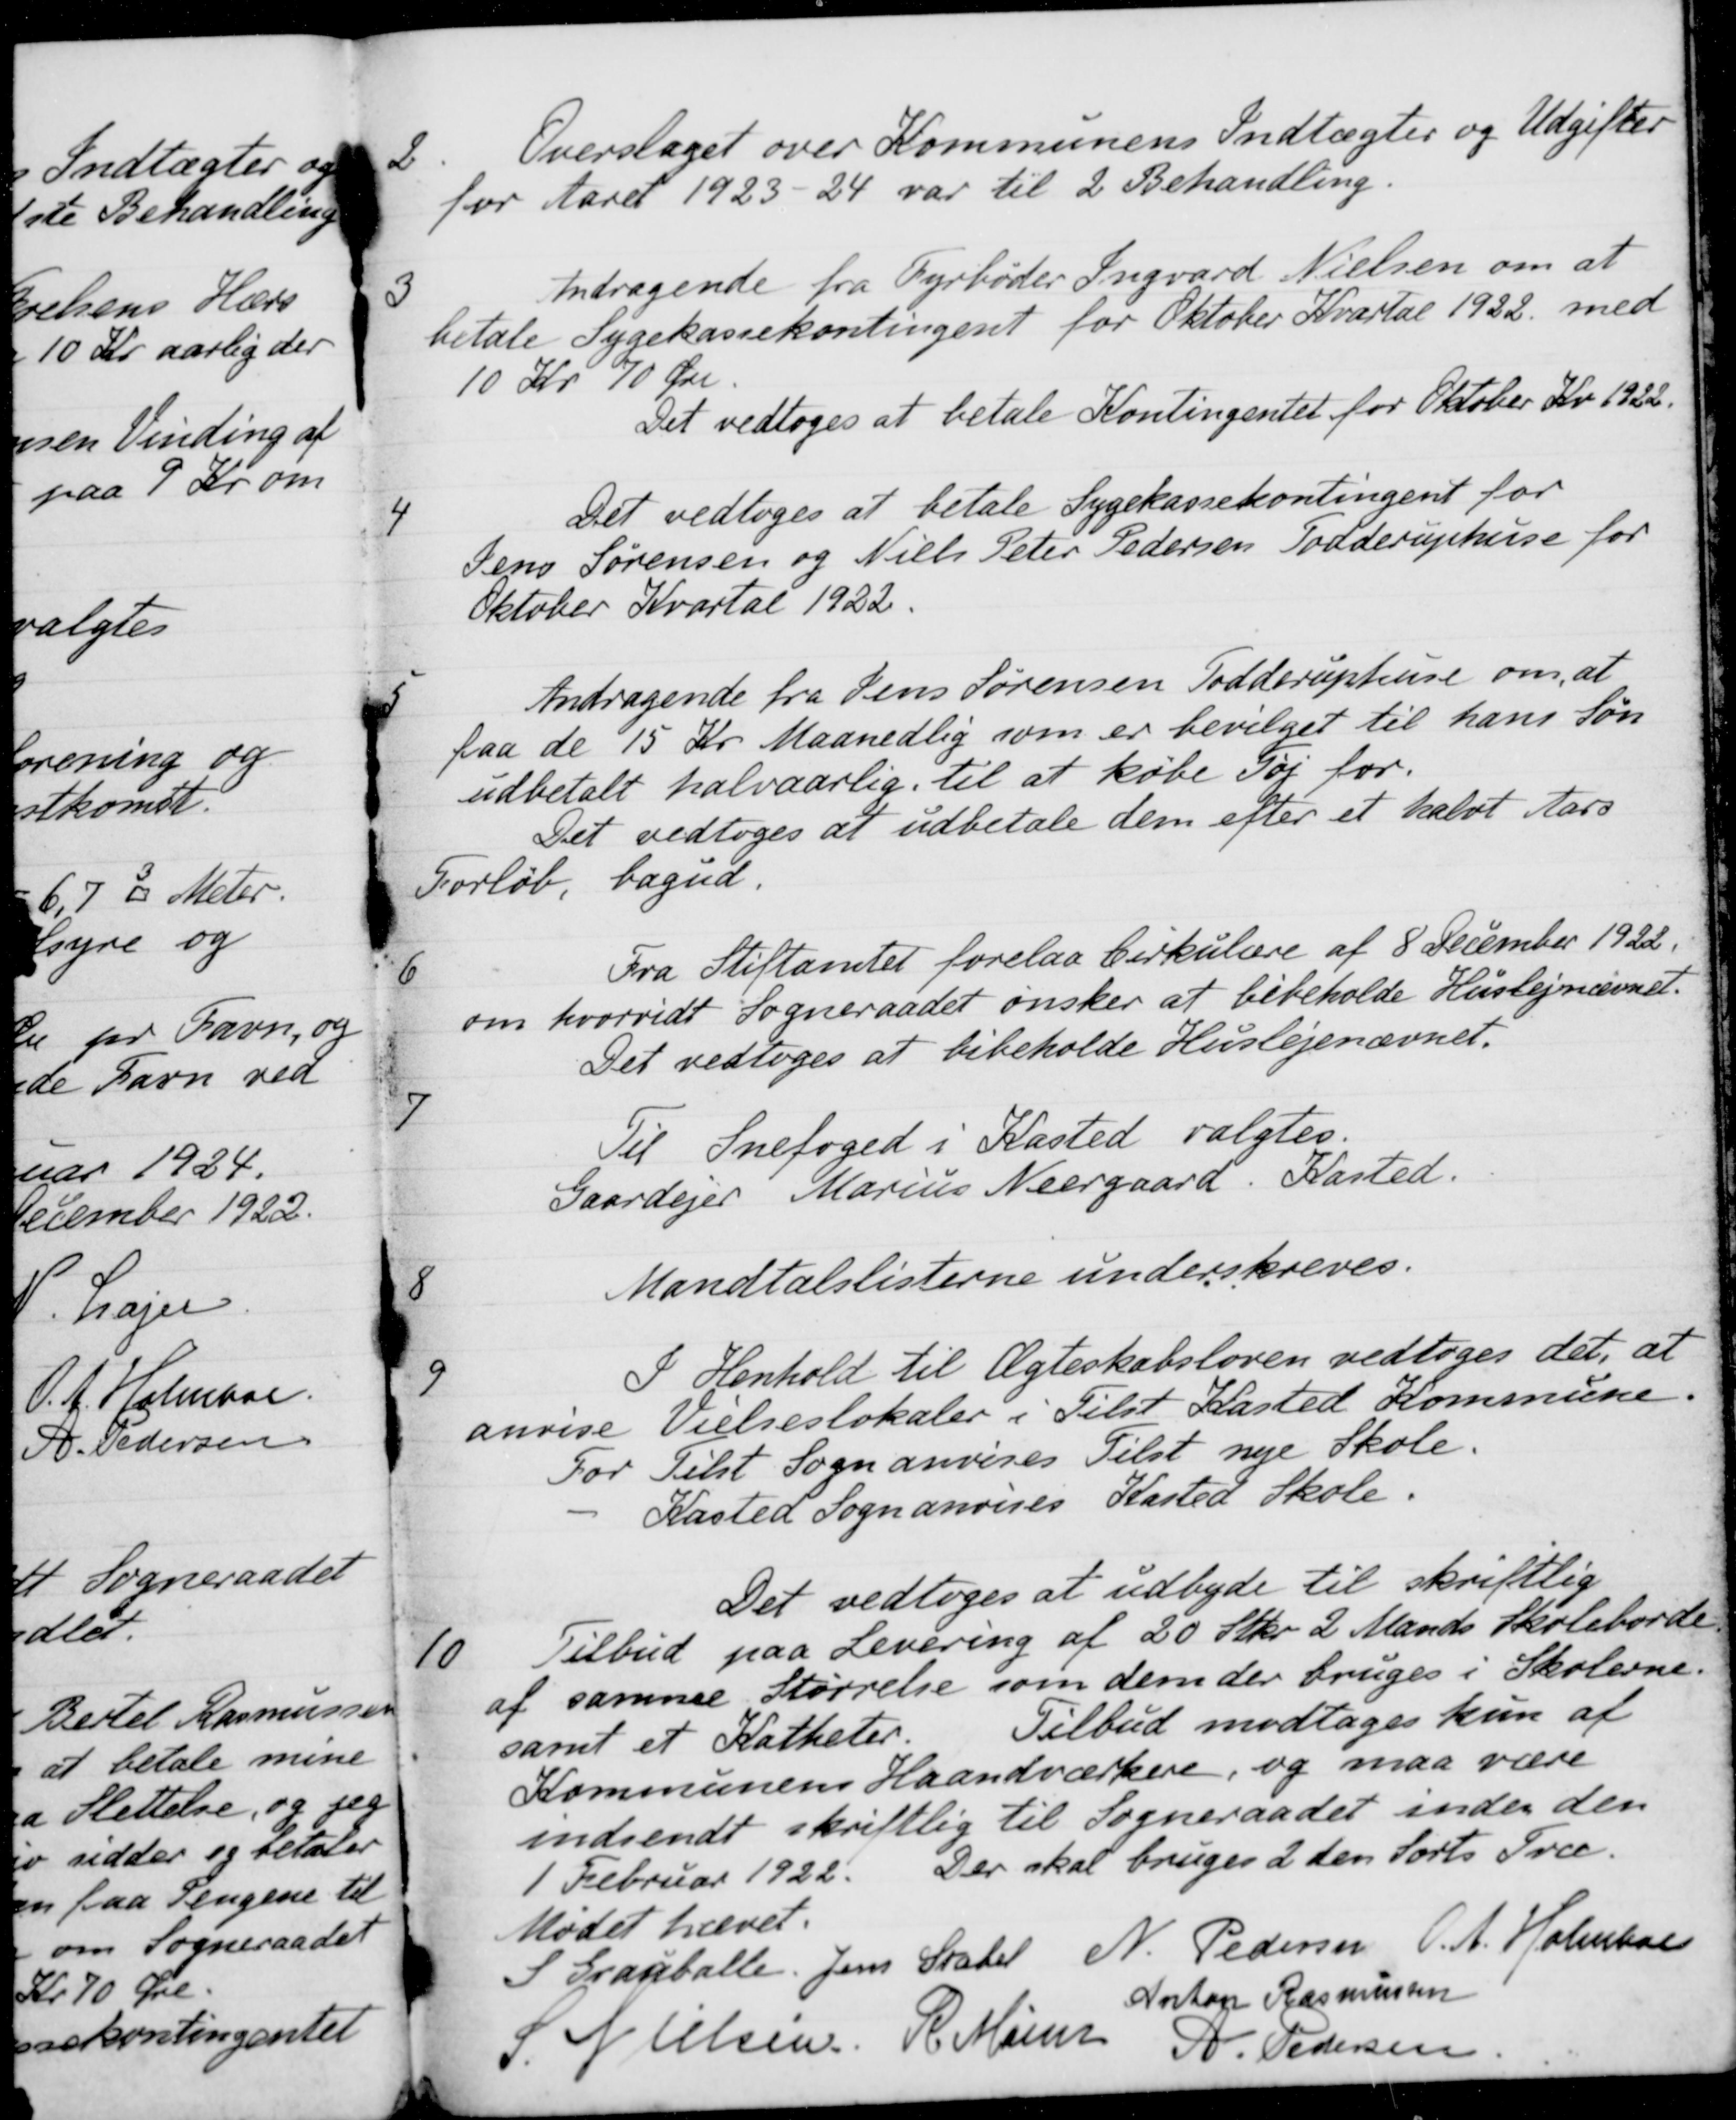
Transskription:
2
Overslaget over Kommunens Indtægter og Udgifter
for Aaret 1923-24 var til 2 Behandling.
3
Andragende fra Fyrbøder Ingvard Nielsen om at
betale Sygekassekontingent for Oktober Kvartal 1922 med
10 kr 70 Øre.
Det vedtoges at betale Kontingentet for Oktober Kv. 1922.
4
Det vedtoges at betale Sygekassekontingent for
Jens Sørensen og Niels Peter Pedersen Todderuphuse for
Oktober Kvartal 1922
5
Andragende fra Jens Sørensen Todderuphuse om, at
paa de 15 Kr Maanedlig som er bevilget til hans Søn
udbetalt halvaarlig til at købe Tøj for
Det vedtoges at udbetale dem efter et halvt Aars
Forløb, bagud.
6
Fra Stiftamtet forelaa Cirkulære af 8 December 1922.
om hvorvidt Sogneraadet ønsker at bibeholde Huslejnævnet.
Det vedtoges at bibeholde Huslejenævnet.
7
Til Snefoged i Kasted valgtes.
Gaardejer Marius Neergaard. Kasted.
8
Mandtalslisterne underskreves.
9
I Henhold til Ægteskabsloven vedtoges det, at
anvise Vielseslokaler i Tilst Kasted Kommune.
For Tilst Sogn anvises Tilst nye Skole.
Kasted Sogn anvises Kasted Skole.
Det vedtoges at udbyde til skriftlig
10
Tilbud paa Levering af 20 Stkr. 2 Mands Skoleborde
af samme Størrelse som dem der bruges i Skolerne.
samt et Katheter
Tilbud modtages kun af
Kommunens Haandværkere, og maa være
indsendt skriftlig til Sogneraadet inden den
1 Februar 1922
Der skal bruges 2den Sorts Træ.
Mødet hævet.
S. Grauballe.
Jens Stabel
N. Pedersen
O. A. Holmboe
Anton Rasmussen
S. Nielsen
R. Mainz
A. Pedersen